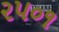
૨૫૦૧